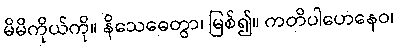
မိမိကိုယ်ကို။ နိသေဓေတွာ၊ မြစ်၍။ ကတိပါဟေနေဝ၊